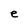
Character: e